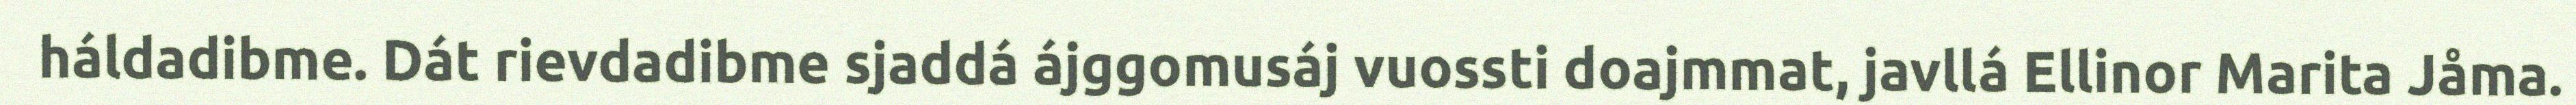
háldadibme. Dát rievdadibme sjaddá ájggomusáj vuossti doajmmat, javllá Ellinor Marita Jåma.